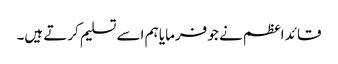
قائد اعظم نے جو فرمایا ہم اسے تسلیم کرتے ہیں۔